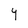
Character: Y